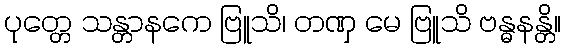
ပုတ္တေ သန္တာနကေ ဗြူသိ၊ တဏှ မေ ဗြူသိ ဗန္ဓနန္တိ။